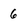
Character: 6